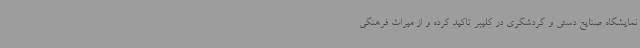
نمایشگاه صنایع دستی و گردشگری در کلیبر تاکید کرده و از میراث فرهنگی